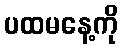
ပထမနေ့ကို